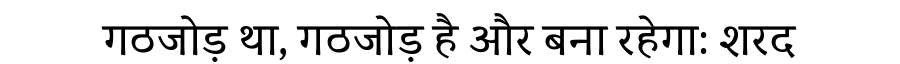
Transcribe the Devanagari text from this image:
गठजोड़ था, गठजोड़ है और बना रहेगा: शरद